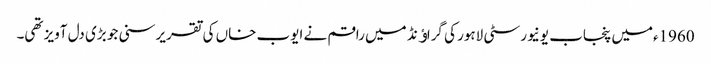
1960ءمیں پنجاب یونیورسٹی لاہور کی گراﺅنڈ میں راقم نے ایوب خاں کی تقریر سنی جو بڑی دل آویز تھی۔